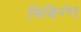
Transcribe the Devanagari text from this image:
सिद्धिर्भवतु